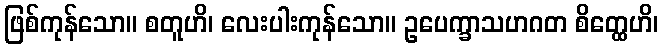
ဖြစ်ကုန်သော။ စတူဟိ၊ လေးပါးကုန်သော။ ဥပေက္ခာသဟဂတ စိတ္ထေဟိ၊